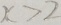
x > 2